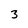
Character: 3